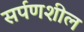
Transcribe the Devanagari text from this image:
सर्पणशील